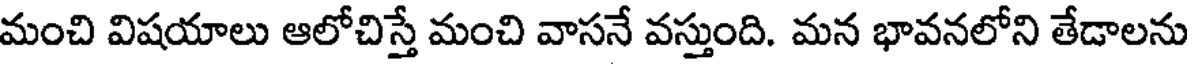
మంచి విషయాలు ఆలోచిస్తే మంచి వాసనే వస్తుంది. మన భావనలోని తేడాలను